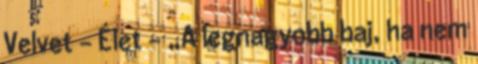
Velvet - Élet - „A legnagyobb baj, ha nem